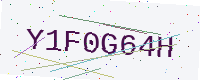
Text: Y1F0G64H